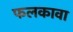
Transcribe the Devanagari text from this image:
फलकावा